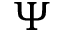
\Psi